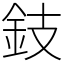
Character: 鈘